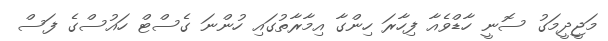
މަޖީދީމަގު ސޮނީ ހާޑްވެއާ ފިހާރަ ހިންގާ އިމާރާތުގައި ހުންނަ ގެސްޓް ހައުސްގެ ފަސް